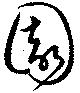
園